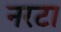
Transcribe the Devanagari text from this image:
नरटा